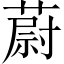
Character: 蔚